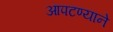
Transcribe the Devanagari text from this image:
आपटण्याने